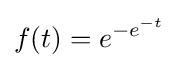
f(t)=e^{-e^{-t}}